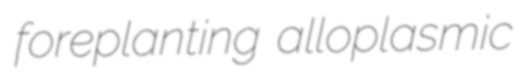
foreplanting alloplasmic